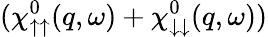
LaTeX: (\chi_{\uparrow\uparrow}^{0}(q,\omega)+\chi_{\downarrow\downarrow}^{0}(q,\omega))